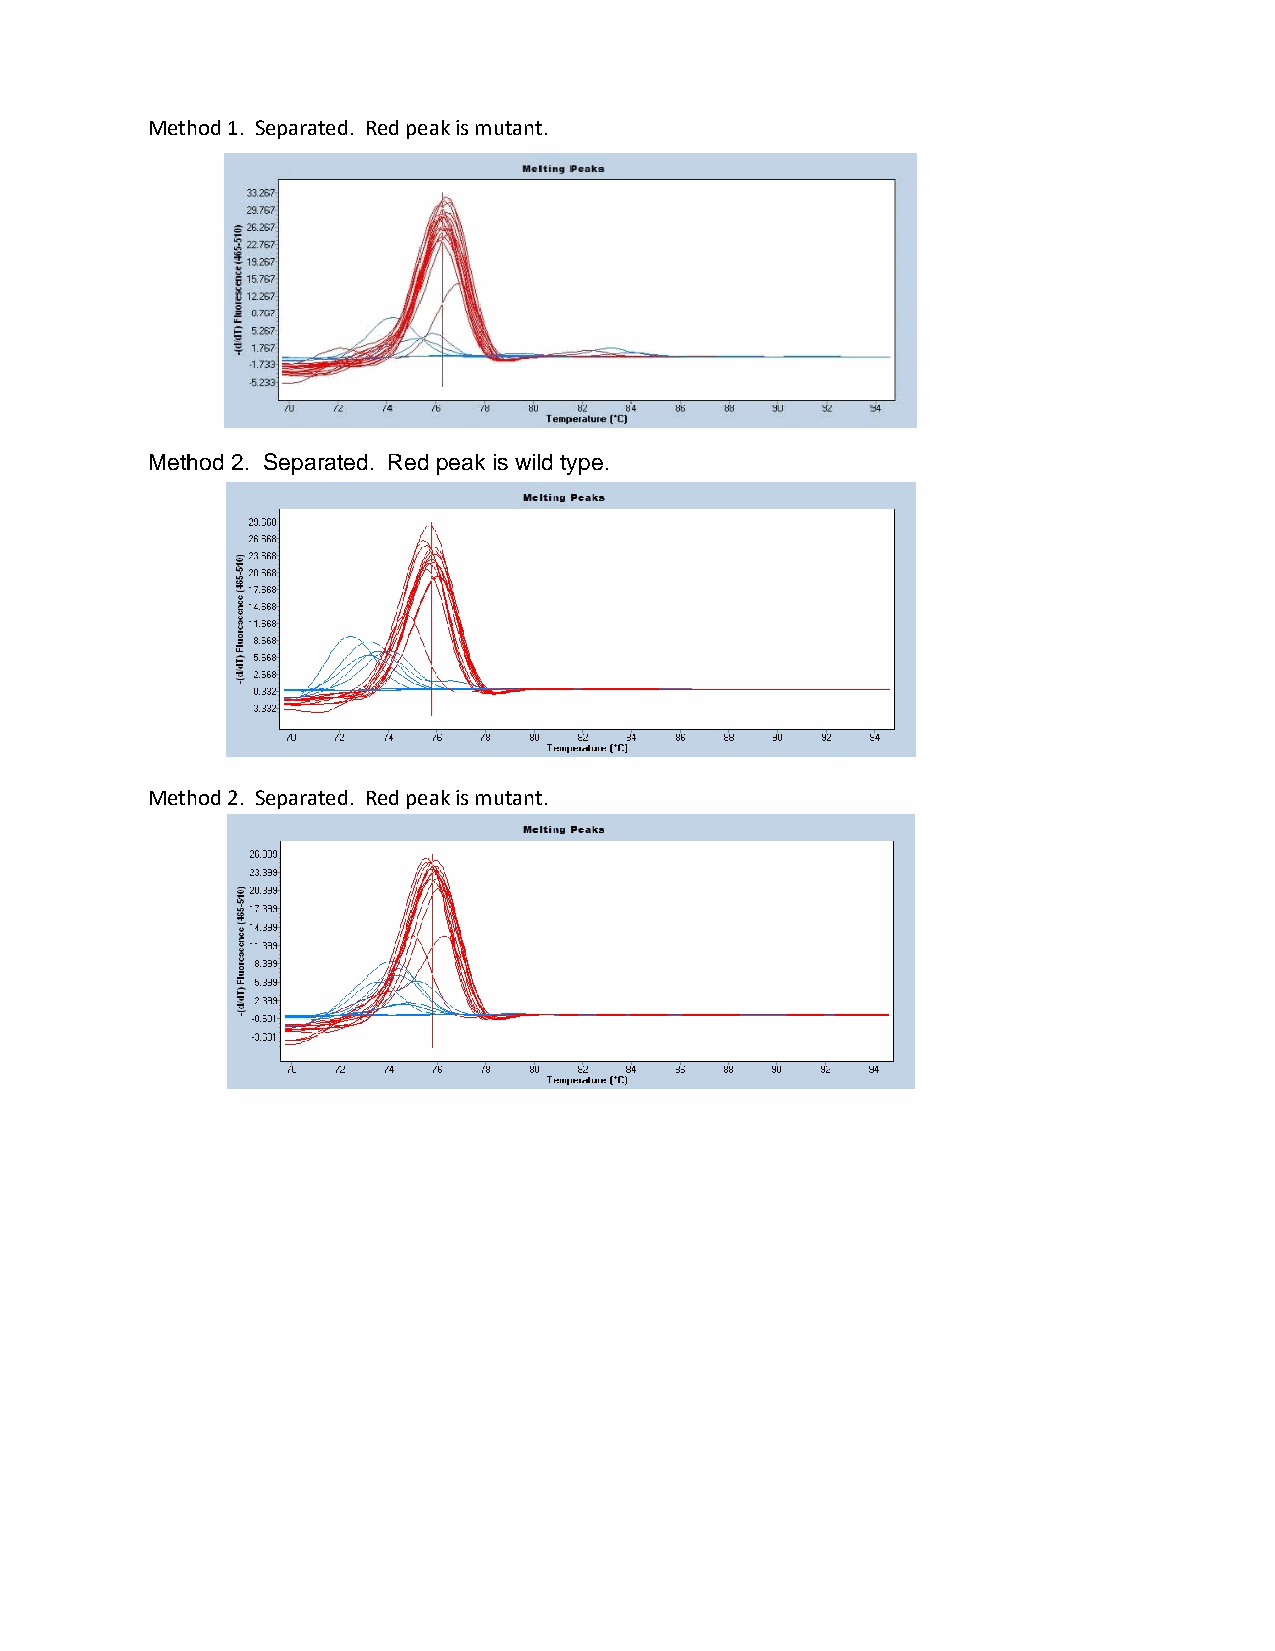
Method 1. Separated. Red peak is mutant.
 Method 2. Separated. Red peak is wild type.
 Method 2. Separated. Red peak is mutant.